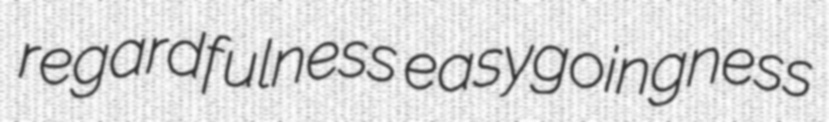
regardfulness easygoingness